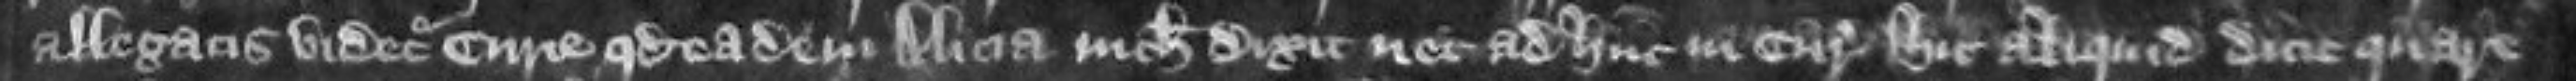
allegatis videtur curie quod eadem Alicia nichil dixit nec adhuc in curia hic aliquid dicit quare